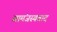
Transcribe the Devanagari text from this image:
सामंजस्यवाद